Report of an investigation into the causes of malaria in Bombay and the measures necessary for its control
Disease focus: Malaria
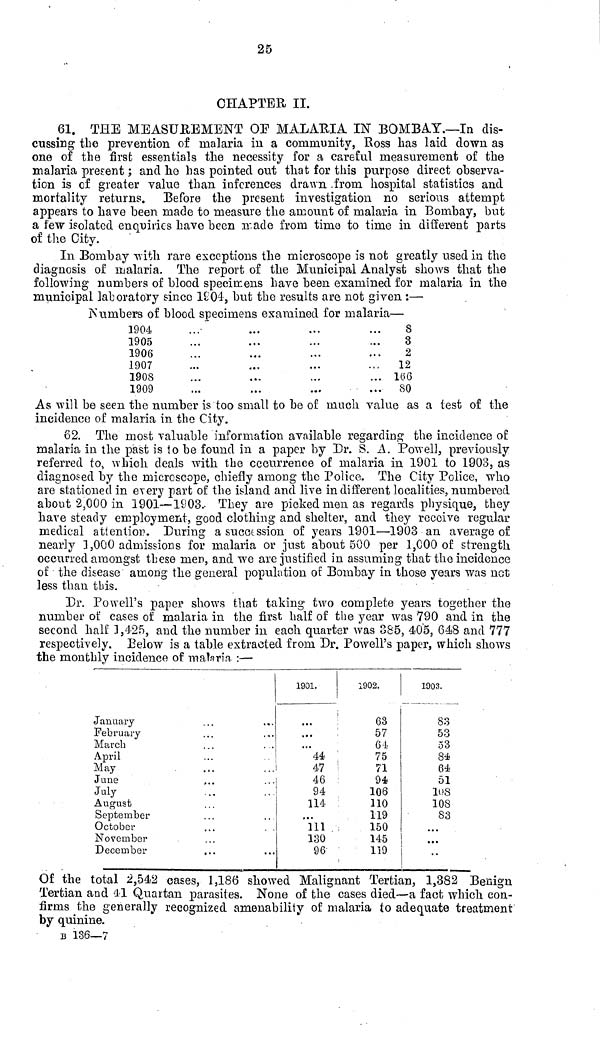
25
CHAPTER II.
61. THE MEASUREMENT OF MALARIA IN BOMBAY.—In dis-
cussing the prevention of malaria in a community, Ross has laid down as
one of the first essentials the necessity for a careful measurement of the
malaria present ; and he has pointed out that for this purpose direct observa-
tion is of greater value than inferences drawn from hospital statistics and
mortality returns. Before the present investigation no serious attempt
appears to have been made to measure the amount of malaria in Bombay, but
a few isolated enquiries have been made from timo to time in different parts
of the City.
In Bombay with rare exceptions the microscope is not greatly used in the
diagnosis of malaria. The report of the Municipal Analyst shows that the
following numbers of blood specimens have been examined for malaria in the
municipal laboratory since 1904, but the results are not given :—
Numbers of blood specimens examined for malaria—
1904
1905
1906
1907
1908
1909
S
3
2
12
166
80
As will be seen the number is too small to be of much value as a test of the
incidence of malaria in the City.
62. The most valuable information available regarding the incidence of
malaria in the past is to be found in a paper by Dr. S. A. Powell, previously
referred to, which deals with the occurrence of malaria in 1901 to 1903, as
diagnosed by the microscope, chiefly among the Police. The City Police, who
are stationed in every part of the island and live indifferent localities, numbered
about 2,000 in 1901—1903. They are picked men as regards physique, they
have steady employment, good clothing and shelter, and they receive regular
medical attention. During a succession of years 1901—1903 an average of
nearly 1,000 admissions for malaria or just about 500 per 1,000 of strength
occurred amongst these men, and we are justified in assuming that the incidence
of the disease among the general population of Bombay in those years was not
less than this.
Dr. Powell's paper shows that taking two complete years together the
number of cases of malaria in the first half of the year was 790 and in the
second half 1,425, and the number in each quarter was 385, 405, 648 and 777
respectively. Below is a table extracted from Dr. Powell's paper, which shows
the monthly incidence of malaria. :—
January
February
March
April
May
June
July
August
September
October
November
December
1901.
...
...
44
47
46
94
114
...
111
130
96
1902.
63
57
61
75
71
:
94
106
110
119
150
145
119
1903.
83
53
53
84
64
51
108
108
83
• • «
...
Of the total 2,542 cases, 1,186 showed Malignant Tertian, 1,382 Benign
Tertian and 41 Quartan parasites. None of the cases died—a fact which con-
firms the generally recognized amenability of malaria to adequate treatment
by quinine.
B 136—7